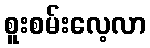
စူးစမ်းလေ့လာ